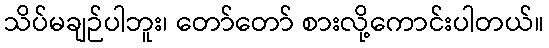
သိပ်မချဉ်ပါဘူး၊ တော်တော် စားလို့ကောင်းပါတယ်။